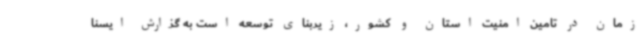
زمان در تامین امنیت استان و کشور، زیربنای توسعه است به گزارش ایسنا